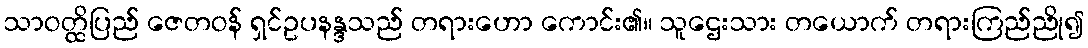
သာဝတ္ထိပြည် ဇေတဝန် ရှင်ဥပနန္ဒသည် တရားဟော ကောင်း၏။ သူဌေးသား တယောက် တရားကြည်ညို၍